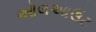
ઑલઆઉટ